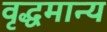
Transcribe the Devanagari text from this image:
वृद्धमान्य